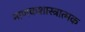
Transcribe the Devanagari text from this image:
नाणकशास्त्रात्मक